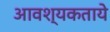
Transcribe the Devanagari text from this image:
आवश्यकताये